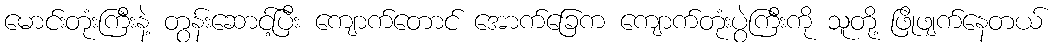
မောင်းတုံးကြီးနဲ့ တွန်းဆောင့်ပြီး ကျောက်တောင် အောက်ခြေက ကျောက်တုံးပွဲကြီးကို သူတို့ ဖြိုဖျက်နေတယ်